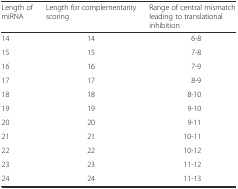
<table><thead><tr><td><b>Length of miRNA</b></td><td><b>Length for complementarity scoring</b></td><td><b>Range of central mismatch leading to translational inhibition</b></td></tr></thead><tbody><tr><td>14</td><td>14</td><td>6-8</td></tr><tr><td>15</td><td>15</td><td>7-8</td></tr><tr><td>16</td><td>16</td><td>7-9</td></tr><tr><td>17</td><td>17</td><td>8-9</td></tr><tr><td>18</td><td>18</td><td>8-10</td></tr><tr><td>19</td><td>19</td><td>9-10</td></tr><tr><td>20</td><td>20</td><td>9-11</td></tr><tr><td>21</td><td>21</td><td>10-11</td></tr><tr><td>22</td><td>22</td><td>10-12</td></tr><tr><td>23</td><td>23</td><td>11-12</td></tr><tr><td>24</td><td>24</td><td>11-13</td></tr></tbody></table>